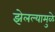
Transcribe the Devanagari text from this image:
झेलल्यामुळे